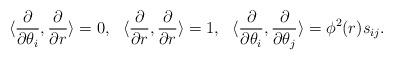
LaTeX: \begin{align*}\langle \frac{\partial}{\partial\theta_i},\frac{\partial}{\partial r} \rangle = 0,\ \ \langle \frac{\partial}{\partial r},\frac{\partial}{\partial r} \rangle = 1, \ \ \langle \frac{\partial}{\partial\theta_i},\frac{\partial}{\partial \theta_j} \rangle = \phi^2(r) s_{ij}.\end{align*}